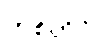
ဟစ်တိုင်